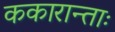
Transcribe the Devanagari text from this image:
ककारान्ताः